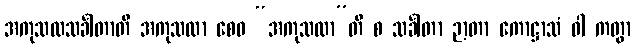
အကုသလသင်္ခါတာတိ အကုသလာ စေဝ “အကုသလာ”တိ စ သင်္ခါတာ ဉာတာ ကောဋ္ဌာသံ ဝါ ကတွာ